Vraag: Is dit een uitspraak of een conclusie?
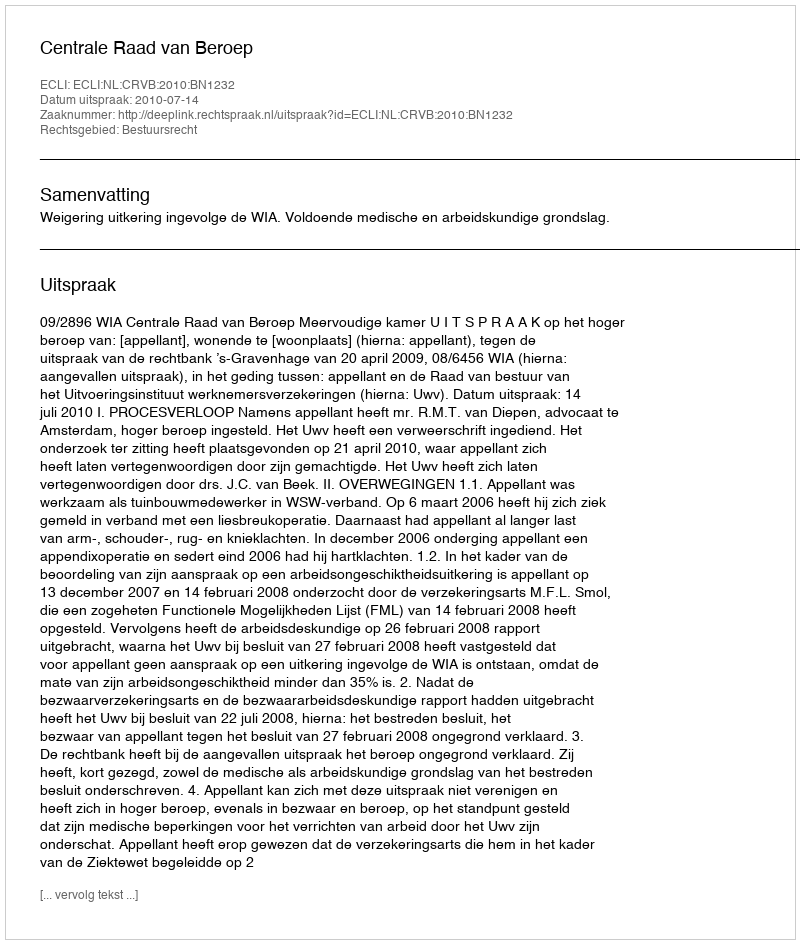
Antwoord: Uitspraak